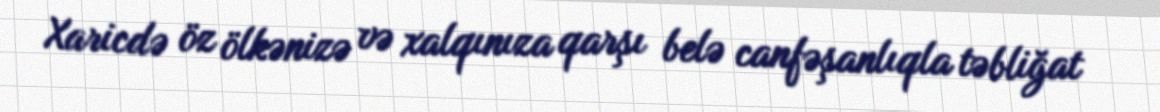
Xaricdə öz ölkənizə və xalqınıza qarşı belə canfəşanlıqla təbliğat